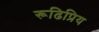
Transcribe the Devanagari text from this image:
रूढिप्रिय